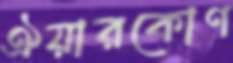
ঐয়ারকোণ